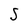
Character: S